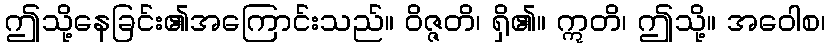
ဤသို့နေခြင်း၏အကြောင်းသည်။ ဝိဇ္ဇတိ၊ ရှိ၏။ ဣတိ၊ ဤသို့။ အဝေါစ၊